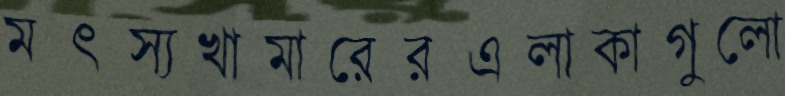
মৎস্যখামারেরএলাকাগুলো